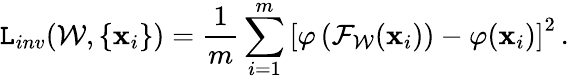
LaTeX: \mathtt{L}_{inv}(\mathcal{W},\{ \mathbf{x}_{i}\} )=\frac{{1}}{{m}}\sum_{i=1}^{m}\left[\varphi\left({\mathcal{F}}_{\mathcal{W}}(\mathbf{{x}}_{i})\right)-\varphi(\mathbf{{x}}_{i})\right]^{2}\, .